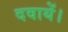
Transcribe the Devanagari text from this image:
दवायें।